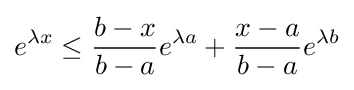
e^{\lambda x}\leq {\frac {b-x}{b-a}}e^{\lambda a}+{\frac {x-a}{b-a}}e^{\lambda b}